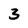
Character: 3